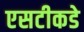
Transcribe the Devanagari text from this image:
एसटीकडे